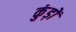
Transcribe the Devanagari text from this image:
कुंड़ों